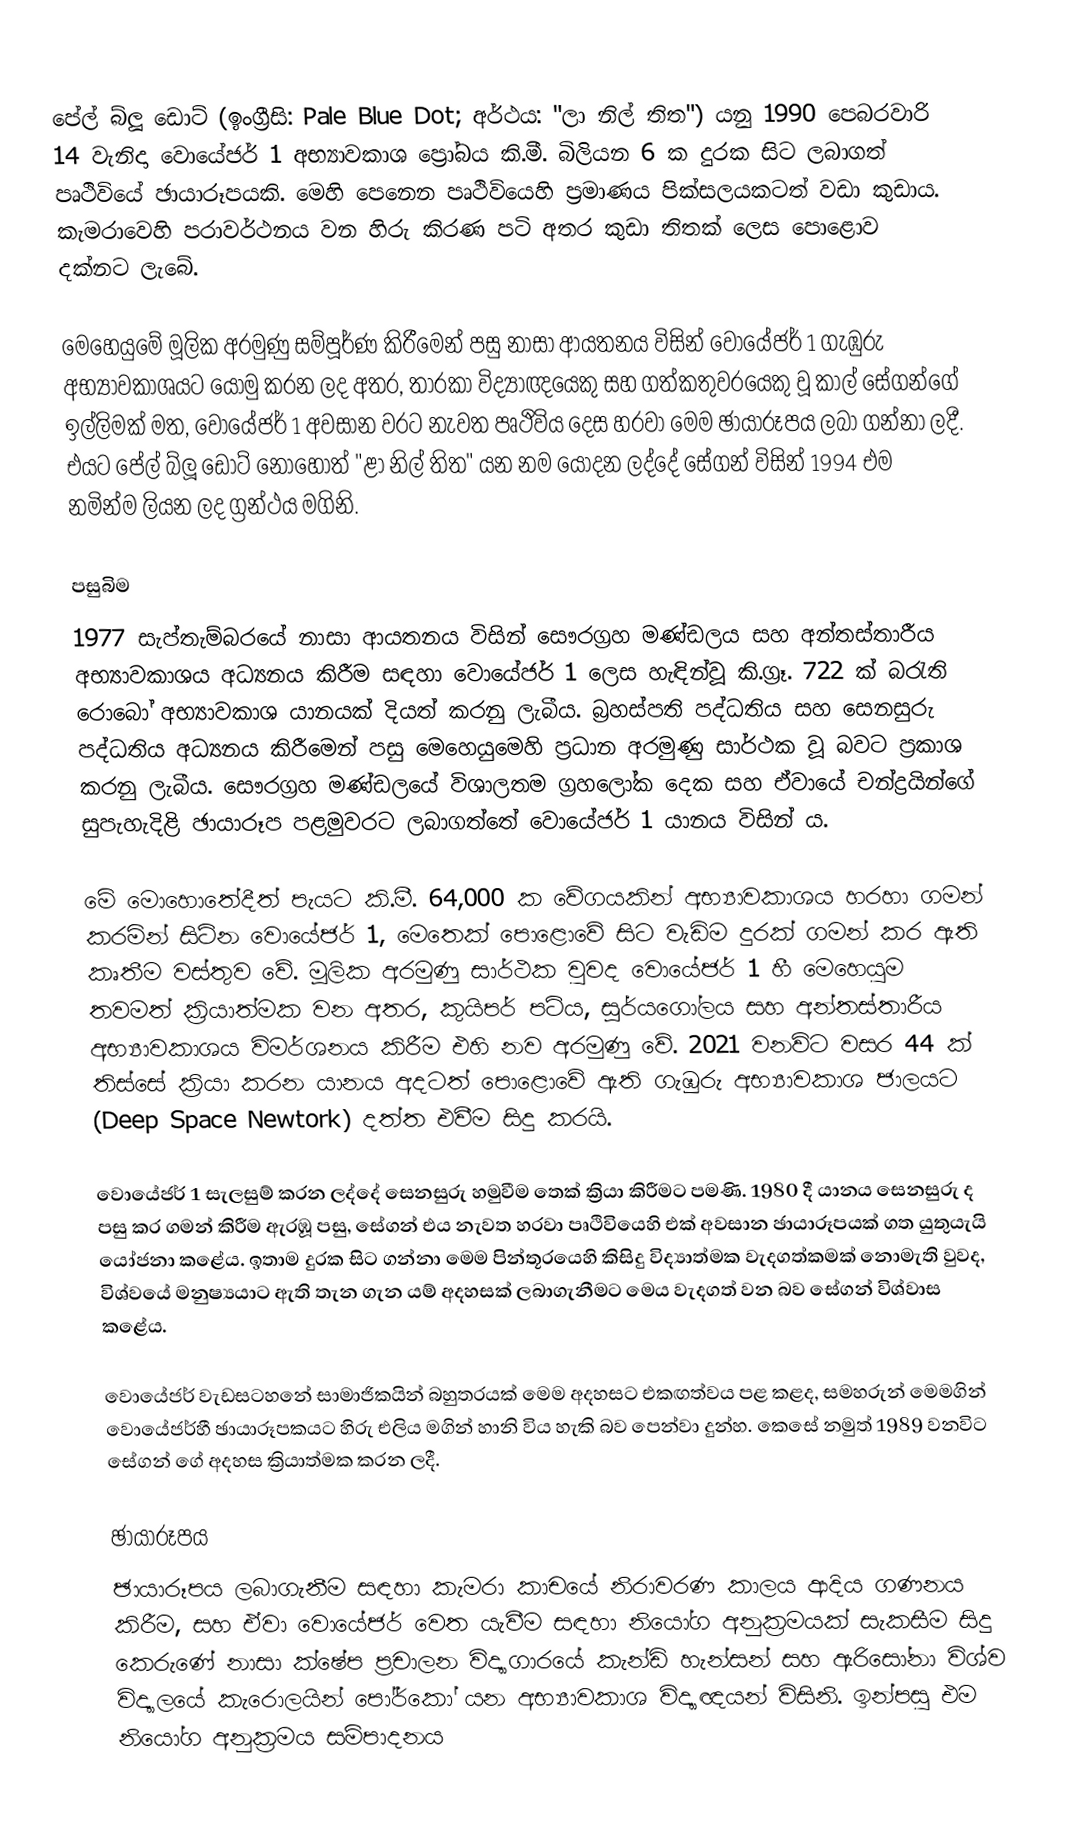
පේල් බ්ලූ ඩොට් (ඉංග්‍රීසි: Pale Blue Dot; අර්ථය: "ලා නිල් තිත") යනු 1990 පෙබරවාරි 14 වැනිදා වොයේජර් 1 අභ්‍යාවකාශ ප්‍රෝබය කි.මී. බිලියන 6 ක දුරක සිට ලබාගත් පෘථිවියේ ඡායාරූපයකි. මෙහි පෙනෙන පෘථිවියෙහි ප්‍රමාණය පික්සලයකටත් වඩා කුඩාය. කැමරාවෙහි පරාවර්ථනය වන හිරු කිරණ පටි අතර කුඩා තිතක් ලෙස පොළොව දක්නට ලැබේ.

මෙහෙයුමේ මූලික අරමුණු සම්පූර්ණ කිරීමෙන් පසු නාසා ආයතනය විසින් වොයේජර් 1 ගැඹුරු අභ්‍යාවකාශයට යොමු කරන ලද අතර, තාරකා විද්‍යාඥයෙකු සහ ගත්කතුවරයෙකු වූ කාල් සේගන්ගේ ඉල්ලිමක් මත, වොයේජර් 1 අවසාන වරට නැවත පෘථිවිය දෙස හරවා මෙම ඡායාරූපය ලබා ගන්නා ලදී. එයට පේල් බ්ලූ ඩොට් නොහොත් "ළා නිල් තිත" යන නම යොදන ලද්දේ සේගන් විසින් 1994 එම නමින්ම ලියන ලද ග්‍රන්ථය මගිනි.

පසුබිම
1977 සැප්තැම්බරයේ නාසා ආයතනය විසින් සෞරග්‍රහ මණ්ඩලය සහ අන්තස්තාරීය අභ්‍යාවකාශය අධ්‍යනය කිරීම සඳහා වොයේජර් 1 ලෙස හැඳින්වූ කි.ග්‍රෑ. 722 ක් බරැති රොබෝ අභ්‍යාවකාශ යානයක් දියත් කරනු ලැබීය. බ්‍රහස්පති පද්ධතිය සහ සෙනසුරු පද්ධතිය අධ්‍යනය කිරීමෙන් පසු මෙහෙයුමෙහි ප්‍රධාන අරමුණු සාර්ථක වූ බවට ප්‍රකාශ කරනු ලැබීය. සෞරග්‍රහ මණ්ඩලයේ විශාලතම ග්‍රහලෝක දෙක සහ ඒවායේ චන්ද්‍රයින්ගේ සුපැහැදිළි ඡායාරූප පළමුවරට ලබාගත්තේ වොයේජර් 1 යානය විසින් ය.

මේ මොහොතේදීත් පැයට කි.මී. 64,000 ක වේගයකින් අභ්‍යාවකාශය හරහා ගමන් කරමින් සිටින වොයේජර් 1, මෙතෙක් පොළොවේ සිට වැඩිම දුරක් ගමන් කර ඇති කෘතීම වස්තුව වේ. මූලික අරමුණු සාර්ථක වුවද වොයේජර් 1 හී මෙහෙයුම තවමත් ක්‍රියාත්මක වන අතර, කුයිපර් පටිය, සූර්යගෝලය සහ අන්තස්තාරීය අභ්‍යාවකාශය විමර්ශනය කිරීම එහි නව අරමුණු වේ. 2021 වනවිට වසර 44 ක් තිස්සේ ක්‍රියා කරන යානය අදටත් පොළොවේ ඇති ගැඹුරු අභ්‍යාවකාශ ජාලයට (Deep Space Newtork) දත්ත එවීම සිදු කරයි.

වොයේජර් 1 සැලසුම් කරන ලද්දේ සෙනසුරු හමුවීම තෙක් ක්‍රියා කිරීමට පමණි. 1980 දී යානය සෙනසුරු ද පසු කර ගමන් කිරීම ඇරඹූ පසු, සේගන් එය නැවත හරවා පෘථිවියෙහි එක් අවසාන ඡායාරූපයක් ගත යුතුයැයි යෝජනා කළේය. ඉතාම දුරක සිට ගන්නා මෙම පින්තූරයෙහි කිසිදු විද්‍යාත්මක වැදගත්කමක් නොමැති වුවද, විශ්වයේ මනුෂ්‍යයාට ඇති තැන ගැන යම් අදහසක් ලබාගැනීමට මෙය වැදගත් වන බව සේගන් විශ්වාස කළේය.

වොයේජර් වැඩසටහනේ සාමාජිකයින් බහුතරයක් මෙම අදහසට එකඟත්වය පළ කළද, සමහරුන් මෙමගින් වොයේජර්හී ඡායාරූපකයට හිරු එලිය මගින් හානි විය හැකි බව පෙන්වා දුන්හ. කෙසේ නමුත් 1989 වනවිට සේගන් ගේ අදහස ක්‍රියාත්මක කරන ලදී.

ඡායාරූපය
ඡායාරූපය ලබාගැනීම සඳහා කැමරා කාචයේ නිරාවරණ කාලය ආදිය ගණනය කිරීම, සහ ඒවා වොයේජර් වෙත යැවීම සඳහා නියෝග අනුක්‍රමයක් සැකසීම සිදු කෙරුණේ නාසා ක්ෂේප ප්‍රචාලන විද්‍යාගාරයේ කැන්ඩි හැන්සන් සහ ඇරිසෝනා විශ්ව විද්‍යාලයේ කැරොලයින් පෝර්කෝ යන අභ්‍යාවකාශ විද්‍යාඥයන් විසිනි. ඉන්පසු එම නියෝග අනුක්‍රමය සම්පාදනය